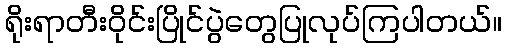
ရိုးရာတီးဝိုင်းပြိုင်ပွဲတွေပြုလုပ်ကြပါတယ်။